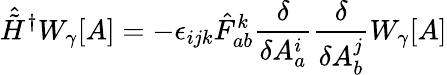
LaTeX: {\hat{\tilde{H}}}^{\dagger}W_{\gamma}[A]=-\epsilon_{ijk}{\hat{F}}_{ab}^{k}{\frac{\delta}{\delta A_{a}^{i}}}{\frac{\delta}{\delta A_{b}^{j}}}W_{\gamma}[A]